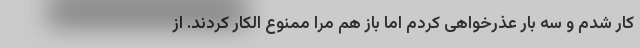
کار شدم و سه بار عذرخواهی کردم اما باز هم مرا ممنوع الکار کردند. از